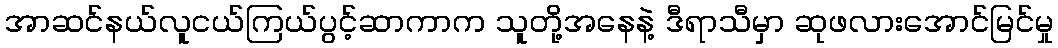
အာဆင်နယ်လူငယ်ကြယ်ပွင့်ဆာကာက သူတို့အနေနဲ့ ဒီရာသီမှာ ဆုဖလားအောင်မြင်မှု